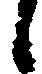
候